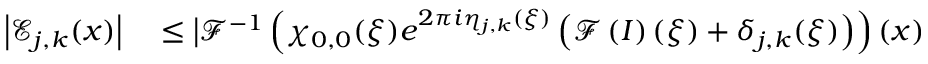
\begin{array} { r l } { \left\vert \mathcal { E } _ { j , k } ( \boldsymbol { x } ) \right\vert } & { { } \leq \big \vert \mathcal { F } ^ { - 1 } \left( \chi _ { 0 , 0 } ( \boldsymbol { \xi } ) e ^ { 2 \pi i \eta _ { j , k } ( \boldsymbol { \xi } ) } \left( \mathcal { F } \left( I \right) ( \boldsymbol { \xi } ) + \delta _ { j , k } ( \boldsymbol { \xi } ) \right) \right) ( \boldsymbol { x } ) } \end{array}